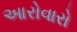
આરોવારો